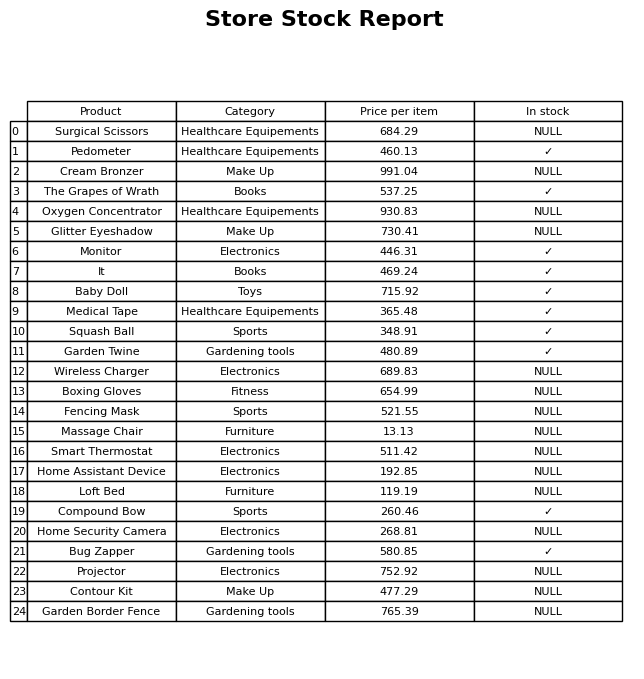
question: What is the stock status of the Pedometer?
answer: ✓